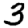
Digit: 3